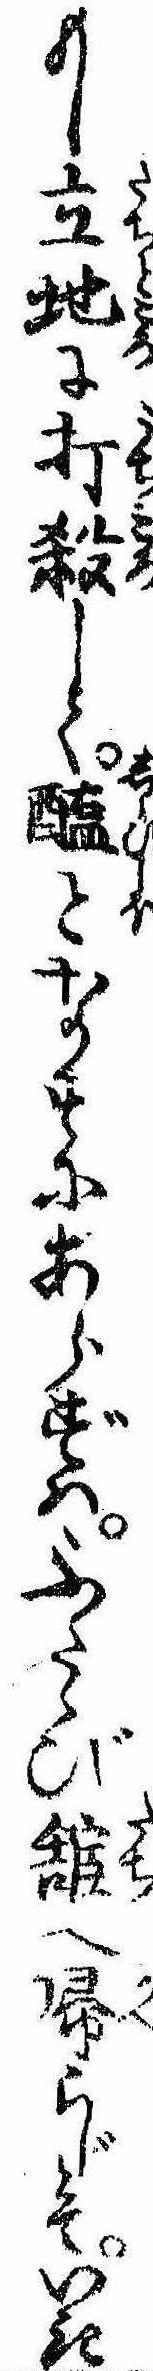
もし立地に打殺して醢となすにあらずはふたゝび館へ帰らじとていき